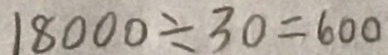
1 8 0 0 0 \div 3 0 = 6 0 0